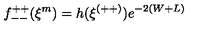
f _ { -- } ^ { + + } ( \xi ^ { m } ) = h ( \xi ^ { ( + + ) } ) e ^ { - 2 ( W + L ) }